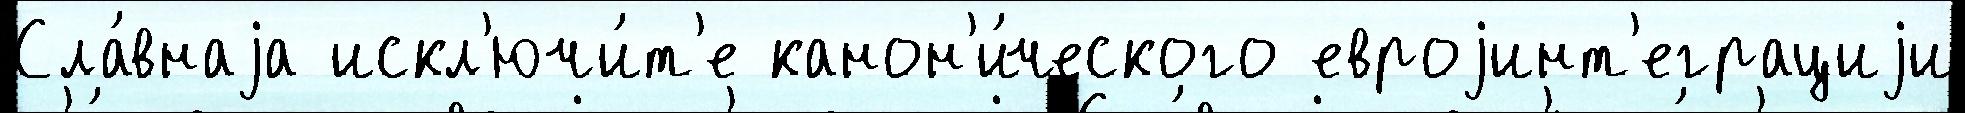
Сла́внаjа искл'ючи́т'е канон'и́ческого евроjинт'еграциjи